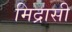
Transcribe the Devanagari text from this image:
मिद्रासी